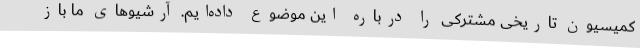
کمیسیون تاریخی مشترکی را درباره این موضوع داده‌ایم. آرشیوهای ما باز